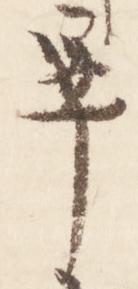
畢